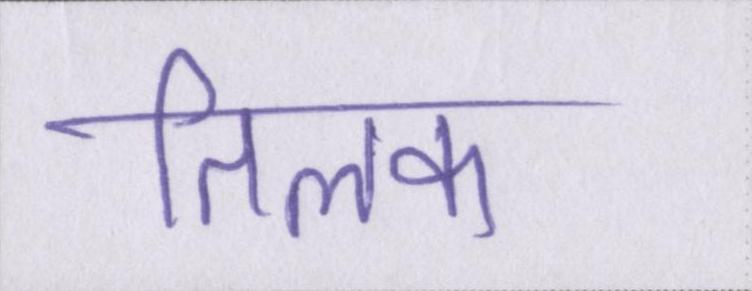
तिलक